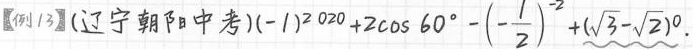
【例！3】(辽宁朝） $$(-1)^{2020}+2 \cos 60^{\circ}-(- \frac{1}{2})^{-2}+(\sqrt{3}- \sqrt{}$$